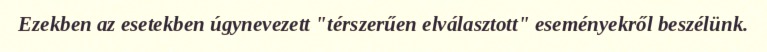
Ezekben az esetekben úgynevezett "térszerűen elválasztott" eseményekről beszélünk.